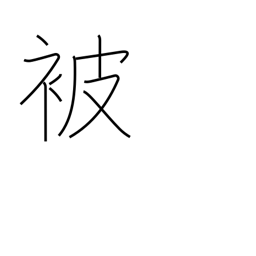
Meaning: receiving